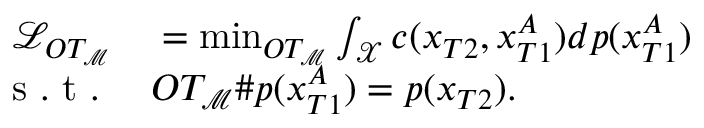
\begin{array} { r l } { \mathcal { L } _ { O T _ { \mathcal { M } } } } & { { } = \operatorname* { m i n } _ { O T _ { \mathcal { M } } } \int _ { \mathcal { X } } c ( x _ { T 2 } , x _ { T 1 } ^ { A } ) d p ( x _ { T 1 } ^ { A } ) } \\ { \mathrm { ~ s ~ . ~ t ~ . ~ } } & { { } O T _ { \mathcal { M } } \# p ( x _ { T 1 } ^ { A } ) = p ( x _ { T 2 } ) . } \end{array}